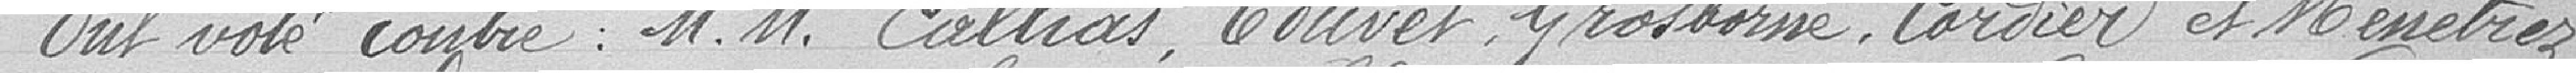
Ont voté contre : MM Callias, Jouvet, Grosborne, Cordier et Ménétrez.